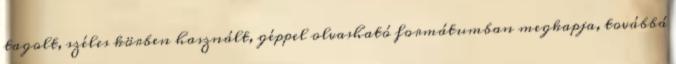
tagolt, széles körben használt, géppel olvasható formátumban megkapja, továbbá